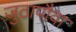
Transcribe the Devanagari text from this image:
जुठापौवा